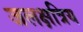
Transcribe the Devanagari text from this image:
जलक्षत्रिय